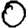
Digit: 0